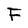
Character: F